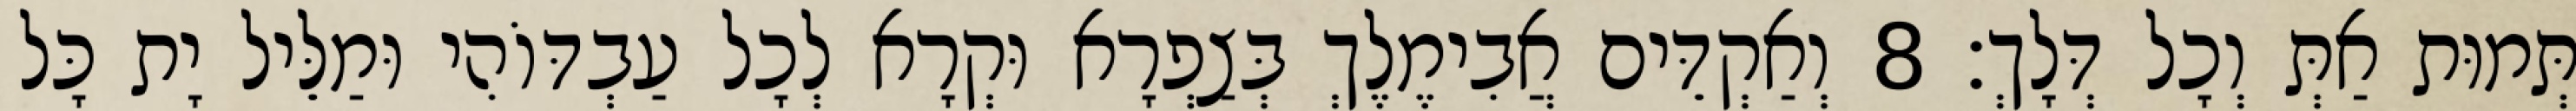
תְּמוּת אַתְּ וְכָל דְּלָךְ׃ 8 וְאַקְדֵּים אֲבִימֶלֶךְ בְּצַפְרָא וּקְרָא לְכָל עַבְדּוֹהִי וּמַלֵּיל יָת כָּל